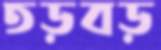
তড়বড়